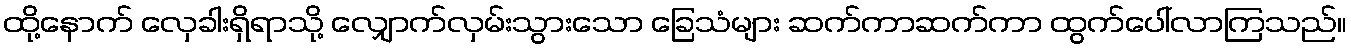
ထို့နောက် လှေခါးရှိရာသို့ လျှောက်လှမ်းသွားသော ခြေသံများ ဆက်ကာဆက်ကာ ထွက်ပေါ်လာကြသည်။